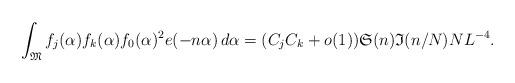
LaTeX: \begin{align*} \int_{\mathfrak{M}} f_j(\alpha)f_k(\alpha)f_0(\alpha)^2e(-n\alpha) \, d\alpha = (C_jC_k+o(1)) \mathfrak{S}(n)\mathfrak{I}(n/N)NL^{-4}.\end{align*}